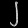
Digit: ၂